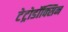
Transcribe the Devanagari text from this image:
टेट्रोडॉक्सिन